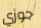
جوزي